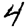
Digit: 4